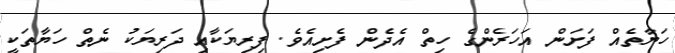
ހަޔާތެއް ފަށަން އަހަރެންގެ ހިތް އެދެން ފެށިއެވެ. ފިރިޔަކާއި ދަރިޔަކު ނެތް ހަޔާތަކީ